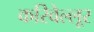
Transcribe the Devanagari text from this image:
करिवेल्लूर